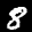
Label: 8